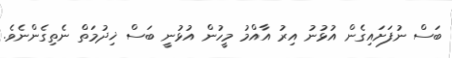
ބަސް ނުފަށައިގެން އުޅުނު އިރު އާއްމު މީހުން އުޅުނީ ބަސް ޚިދުމަތް ނެތިގެންނެވެ.